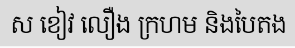
ស ខៀវ លឿង ក្រហម និងបៃតង